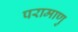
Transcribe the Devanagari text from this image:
परामाणु